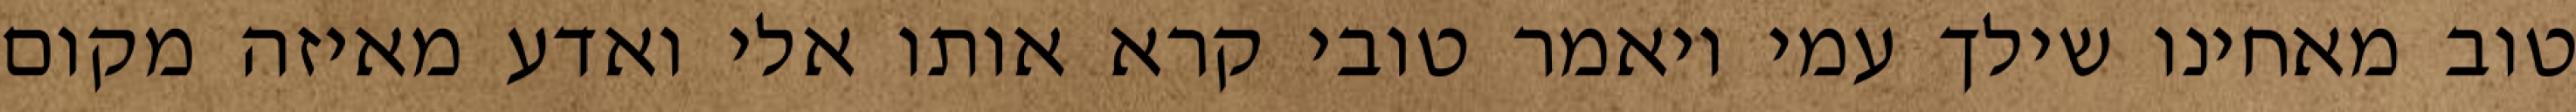
טוב מאחינו שילך עמי ויאמר טובי קרא אותו אלי ואדע מאיזה מקום